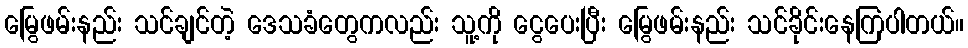
မြွေဖမ်းနည်း သင်ချင်တဲ့ ဒေသခံတွေကလည်း သူ့ကို ငွေပေးပြီး မြွေဖမ်းနည်း သင်ခိုင်းနေကြပါတယ်။